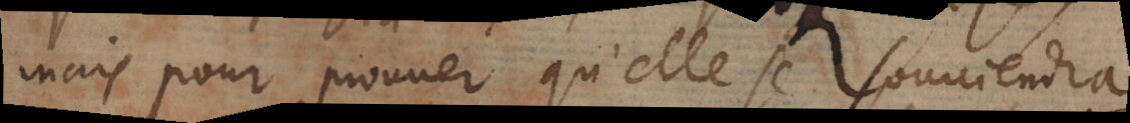
mais pour prouver qu’elle se souviendra